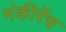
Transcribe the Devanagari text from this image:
मंकीरेंच